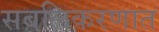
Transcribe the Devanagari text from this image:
सबलिकरणात